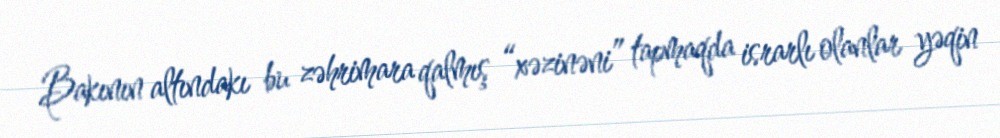
Bakının altındakı bu zəhrimara qalmış “xəzinəni” tapmaqda israrlı olanlar yəqin